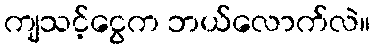
ကျသင့်ငွေက ဘယ်လောက်လဲ။